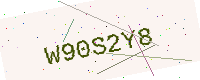
Text: W90S2Y8